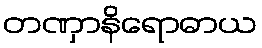
တဏှာနိရောဓာယ